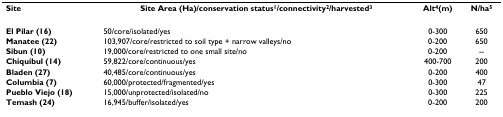
| Site | Site Area (Ha)/conservation status1/connectivity2/harvested3 | Alt4(m) | N/ha5 |
 | --- | --- | --- | --- |
 | El Pilar (16) | 50/core/isolated/yes | 0-300 | 650 |
 | Manatee (22) | 103,907/core/restricted to soil type + narrow valleys/no | 0-200 | 650 |
 | Sibun (10) | 19,000/core/restricted to one small site/no | 0-200 | -- |
 | Chiquibul (14) | 59,822/core/continuous/yes | 400-700 | 200 |
 | Bladen (27) | 40,485/core/continuous/yes | 0-200 | 400 |
 | Columbia (7) | 60,000/protected/fragmented/yes | 0-300 | 47 |
 | Pueblo Viejo (18) | 15,000/unprotected/isolated/no | 0-300 | 225 |
 | Temash (24) | 16,945/buffer/isolated/yes | 0-200 | 200 |